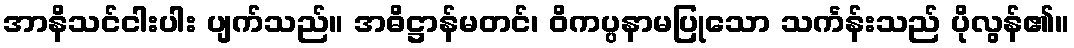
အာနိသင်ငါးပါး ပျက်သည်။ အဓိဋ္ဌာန်မတင်၊ ဝိကပ္ပနာမပြုသော သင်္ကန်းသည် ပိုလွန်၏။